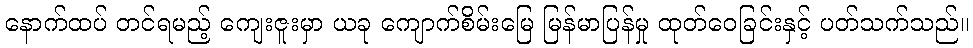
နောက်ထပ် တင်ရမည့် ကျေးဇူးမှာ ယခု ကျောက်စိမ်းမြေ မြန်မာပြန်မှု ထုတ်ဝေခြင်းနှင့် ပတ်သက်သည်။